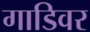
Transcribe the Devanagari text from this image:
गाडिवर